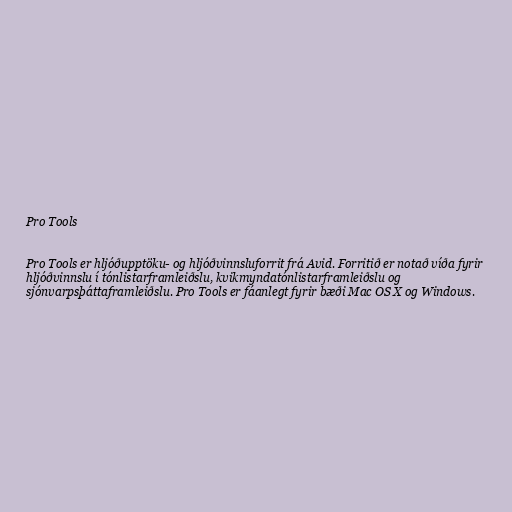
Pro Tools

Pro Tools er hljóðupptöku- og hljóðvinnsluforrit frá Avid. Forritið er notað víða fyrir
hljóðvinnslu í tónlistarframleiðslu, kvikmyndatónlistarframleiðslu og
sjónvarpsþáttaframleiðslu. Pro Tools er fáanlegt fyrir bæði Mac OS X og Windows.